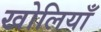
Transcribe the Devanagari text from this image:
खोलियाँ